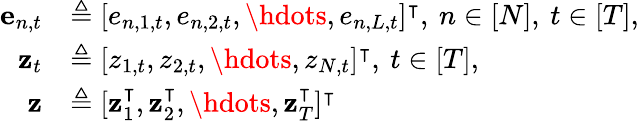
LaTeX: \begin{array}{rl}{\mathbf{e}_{n,t}}&{\triangleq[e_{n,1,t},e_{n,2,t},\hdots,e_{n,L,t}]^{\intercal},\: n\in[N],\: t\in[T],}\\ {\mathbf{z}_{t}}&{\triangleq[z_{1,t},z_{2,t},\hdots,z_{N,t}]^{\intercal},\: t\in[T],}\\ {\mathbf{z}}&{\triangleq[\mathbf{z}_{1}^{\intercal},\mathbf{z}_{2}^{\intercal},\hdots,\mathbf{z}_{T}^{\intercal}]^{\intercal}\: }\end{array}